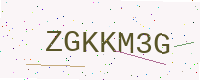
Text: ZGKKM3G